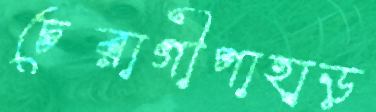
চেরাগীপাহাড়